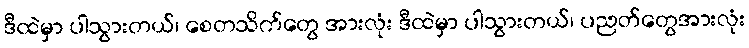
ဒီထဲမှာ ပါသွားတယ်၊ စေတသိက်တွေ အားလုံး ဒီထဲမှာ ပါသွားတယ်၊ ပညတ်တွေအားလုံး